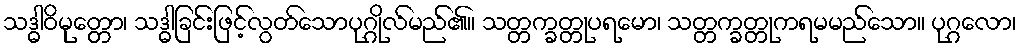
သဒ္ဓါဝိမုတ္တော၊ သဒ္ဓါခြင်းဖြင့်လွတ်သောပုဂ္ဂိုလ်မည်၏။ သတ္တက္ခတ္တုပရမော၊ သတ္တက္ခတ္တုကရမမည်သော။ ပုဂ္ဂလော၊